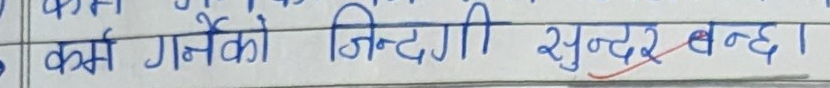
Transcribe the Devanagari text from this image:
कर्म गर्नेको जिन्दगी सुन्दर बन्छ।